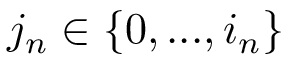
j _ { n } \in \{ 0 , . . . , i _ { n } \}